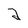
Character: 2